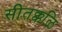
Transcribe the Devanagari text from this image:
सीतक्कळि